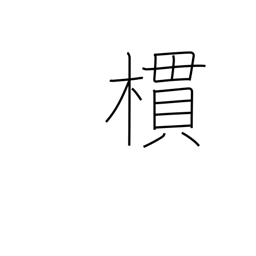
Meaning: grove